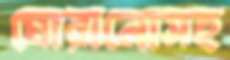
ঘোরানোসহ